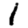
Digit: 1